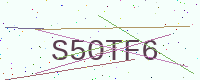
Text: S5OTF6